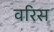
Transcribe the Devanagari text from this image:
वरिस